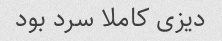
دیزی کاملا سرد بود